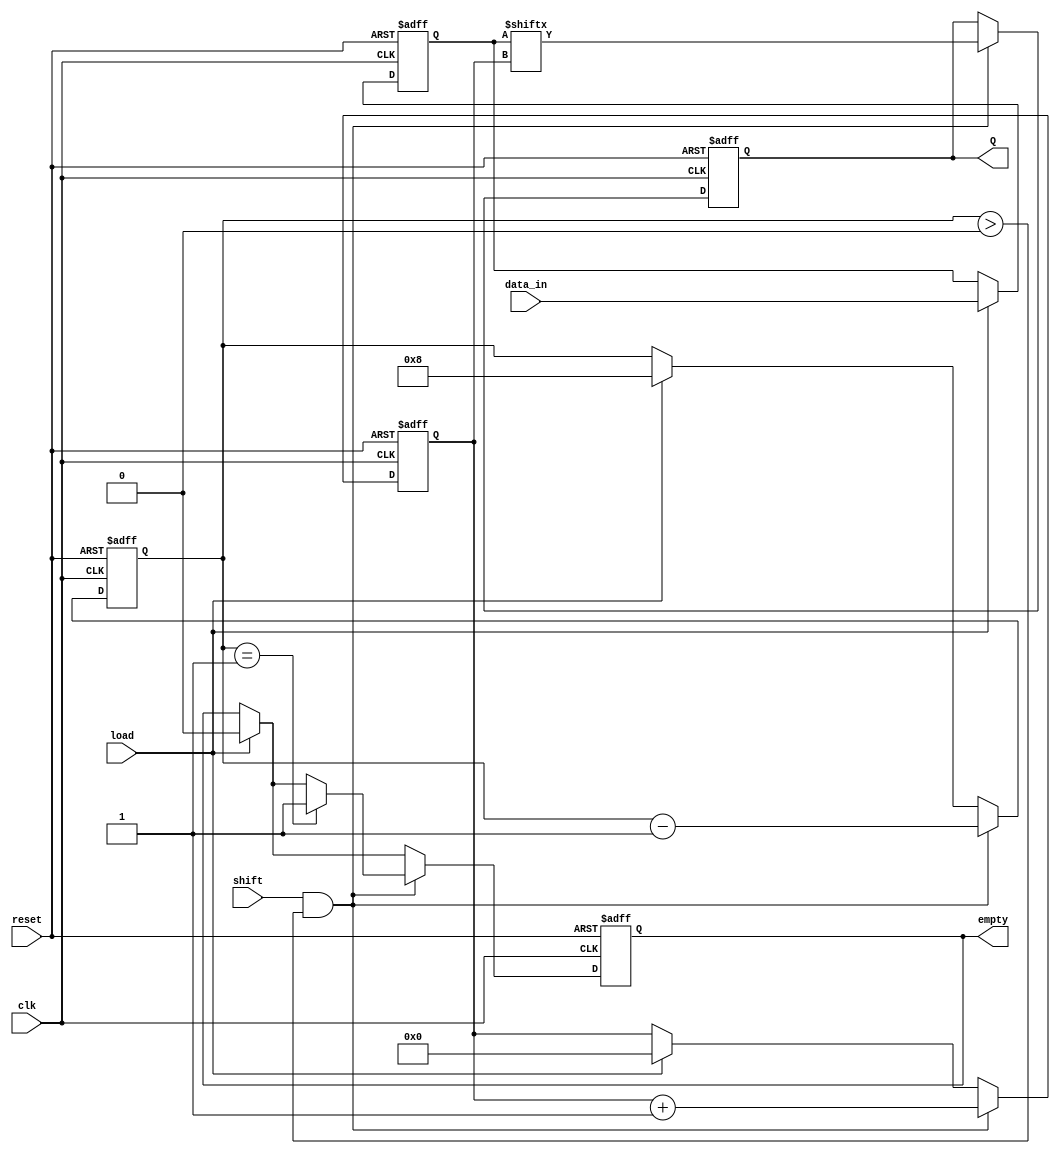
module FIFO_PISO #(
    parameter WIDTH = 8 // Width of the data bus
)(
    input wire clk,         // Clock signal
    input wire reset,       // Asynchronous reset signal
    input wire load,        // Load signal
    input wire shift,       // Shift signal
    input wire [WIDTH-1:0] data_in, // Parallel data input
    output reg Q,           // Serial output
    output reg empty        // Empty flag
);

    reg [WIDTH-1:0] shift_reg; // Shift register to hold data
    reg [3:0] count;            // Counter for number of bits loaded
    reg [3:0] index;            // Index for shifting out data

    // Asynchronous reset
    always @(posedge clk or posedge reset) begin
        if (reset) begin
            shift_reg <= 0;
            count <= 0;
            index <= 0;
            Q <= 0;
            empty <= 1; // Initially empty
        end else begin
            // Load data into the shift register
            if (load) begin
                shift_reg <= data_in;
                count <= WIDTH; // Set count to WIDTH when loading
                index <= 0;     // Reset index for shifting
                empty <= 0;     // Not empty after loading
            end
            
            // Shift data out serially
            if (shift && count > 0) begin
                Q <= shift_reg[index]; // Output the current bit
                index <= index + 1;     // Move to the next bit
                count <= count - 1;     // Decrease count
                // Check if FIFO is empty
                if (count == 1) begin
                    empty <= 1; // Set empty flag if no more data
                end
            end
        end
    end

endmodule